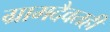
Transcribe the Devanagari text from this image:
ग्रामदैवतही